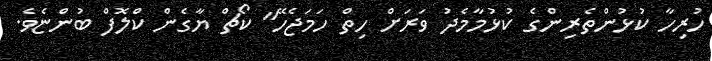
ހުރިހާ ކުޅުންތެރިންގެ ކުޅުމާމެދު ވަރަށް ހިތް ހަމަޖެހޭ" ކޯޗް ޔާގެން ކްލޮފް ބުންޏެވެ.